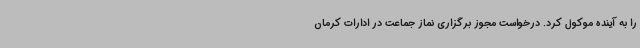
را به آینده موکول کرد. درخواست مجوز برگزاری نماز جماعت در ادارات کرمان